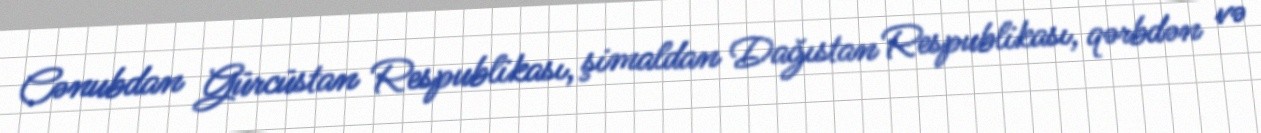
Cənubdan Gürcüstan Respublikası, şimaldan Dağıstan Respublikası, qərbdən və